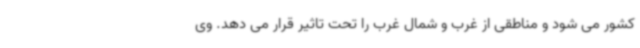
کشور می شود و مناطقی از غرب و شمال غرب را تحت تاثیر قرار می دهد. وی